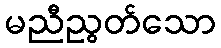
မညီညွတ်သော